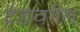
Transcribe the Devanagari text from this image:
दंडावरील